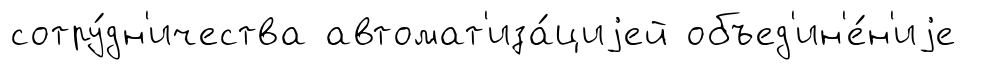
сотру́дн'ичества автомат'иза́циjей объед'ин'е́н'иjе